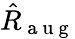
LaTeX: \hat{R}_{\mathrm{~a~u~g~}}